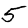
Digit: 5